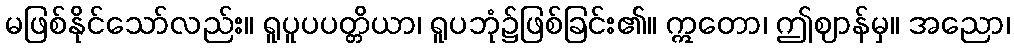
မဖြစ်နိုင်သော်လည်း။ ရူပူပပတ္တိယာ၊ ရူပဘုံ၌ဖြစ်ခြင်း၏။ ဣတော၊ ဤဈာန်မှ။ အညော၊